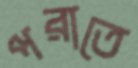
পরাতে